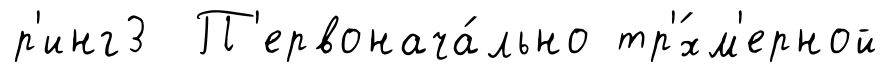
р'инг3 П'ервонача́льно тр'́хм'ерной